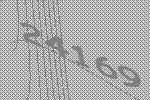
24169